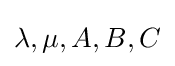
\lambda ,\mu ,A,B,C